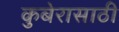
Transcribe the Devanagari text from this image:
कुबेरासाठी